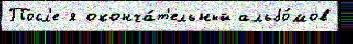
Посл'е я оконча́т'ельный альбо́мов